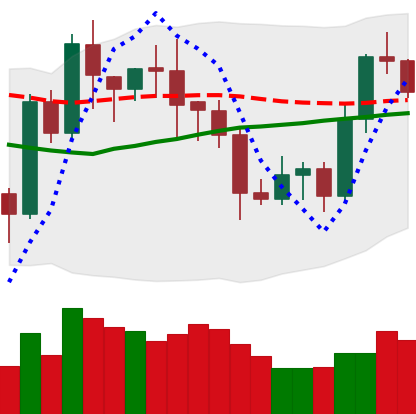
Ticker: LTC-USD
Chart end date: 2020-07-24
Forward return: 24.873%
Label: up_7plus